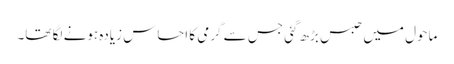
ماحول میں حبس بڑھ گئی جس سے گرمی کا احساس زیادہ ہونے لگا تھا۔